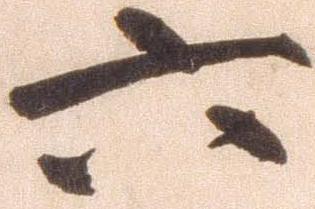
六